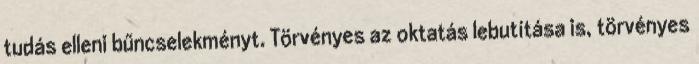
tudás elleni bűncselekményt. Törvényes az oktatás lebutítása is, törvényes